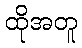
ထိုအတူ